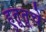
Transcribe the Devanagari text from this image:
हुतूतूचे